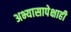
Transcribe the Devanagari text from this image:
अभ्यासापेक्षाही